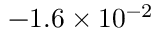
- 1 . 6 \times 1 0 ^ { - 2 }